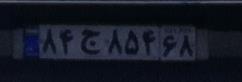
۸۴ج۸۵۴۶۸